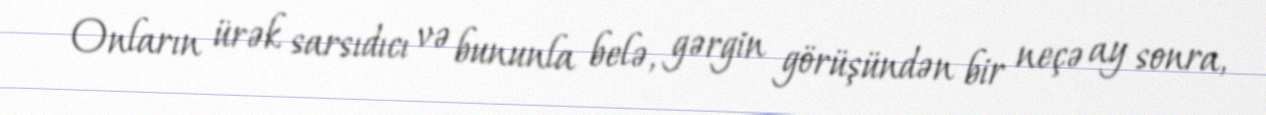
Onların ürək sarsıdıcı və bununla belə, gərgin görüşündən bir neçə ay sonra,